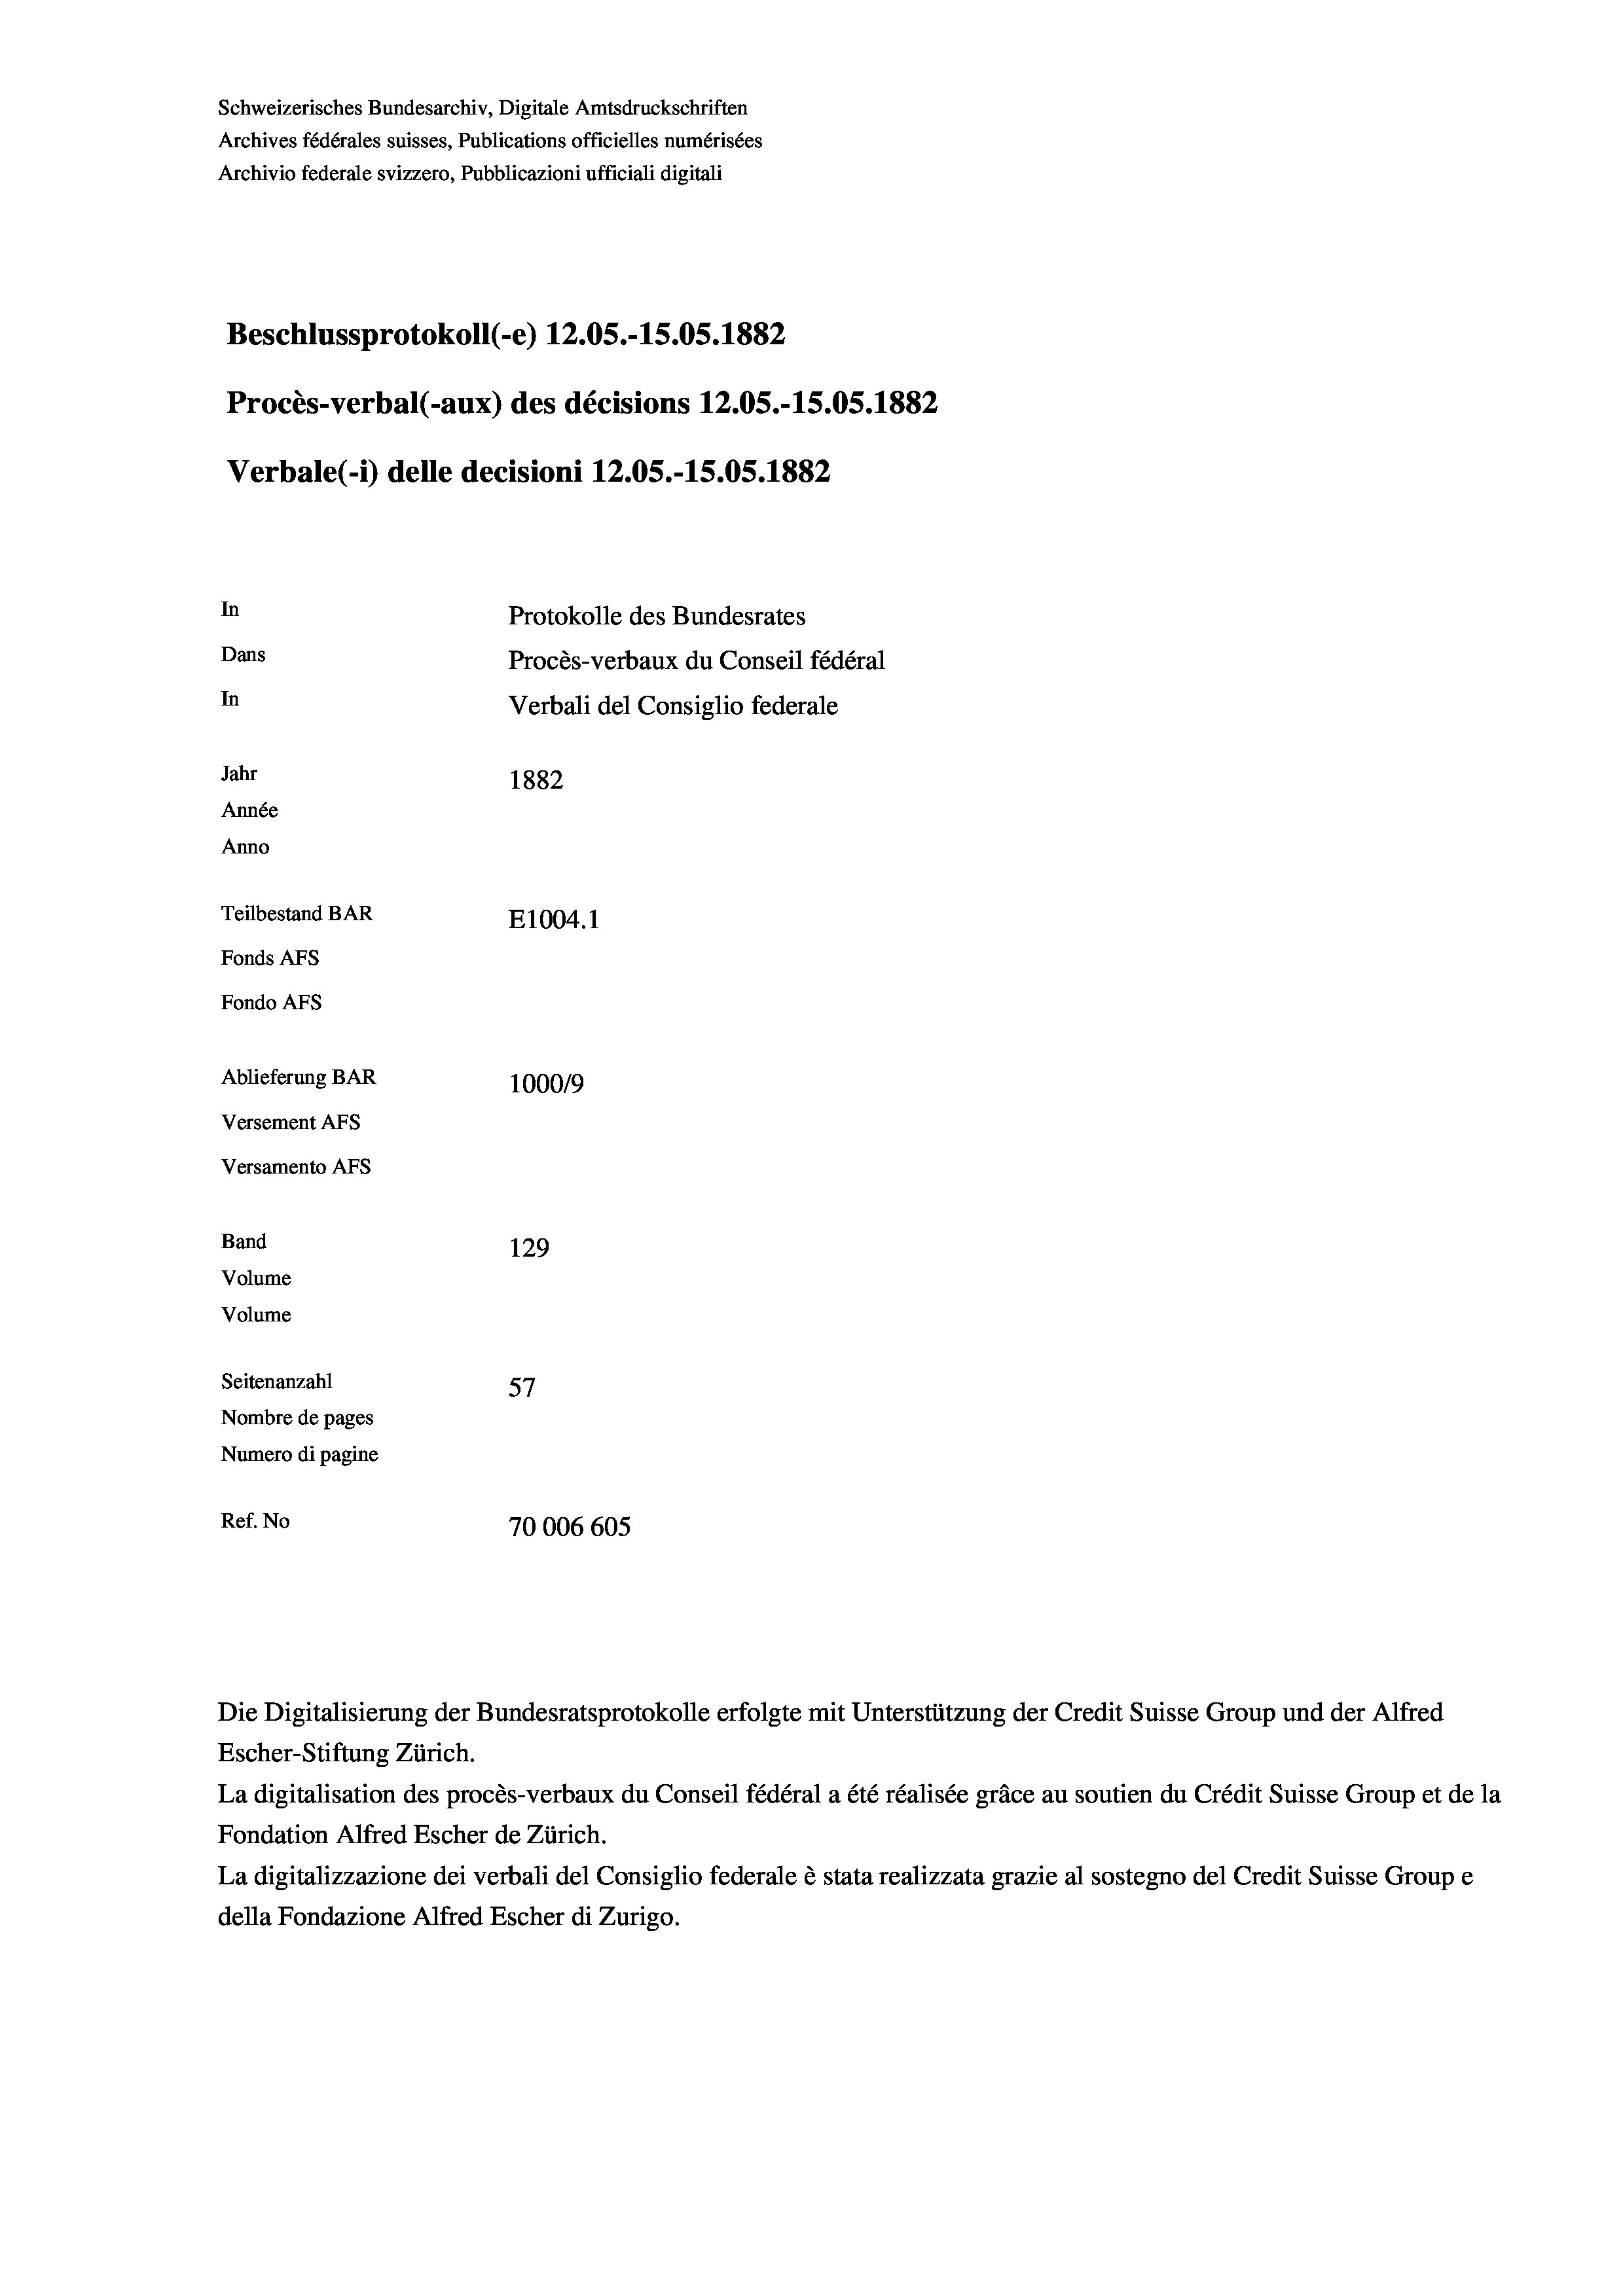
Schweizerisches Bundesarchiv, Digitale Amtsdruckschriften
Archives fédérales suisses, Publications officielles numérisées
Archivio federale svizzero, Pubblicazioni ufficiali digitali
Beschlussprotokoll (-e) 12.05.-15.05. 1882
Procès-verbal (-aux) des décisions 12.05.-15.05. 1882
Verbale(1) delle decisioni 12.05.-15.05. 1882
In
Protokolle des Bundesrates
Dans
Procès-verbaux du Conseil fédéral
In
Verbali del Consiglio federale
Jahr
1882
Année
Anno
Teilbestand BAR
E1004. 1
Fonds AFs
Fondo AFS
Ablieferung BAR
1000/9
Versement AFs
Versamento Afs
Band
129
Volume
Volume
Seitenanzahl
57
Nombre de pages
Numero di pagine
Ref. No
70006 605

Escher-Stiftung Zürich.
La digitalisation des procès-verbaux du Conseil fédéral a été réalisée gräce au soutien du Crédit Suisse Group et de la
Fondation Alfred Escher de Zürich.
La digitalizzazione dei verbali del Consiglio federale è stata realizzata grazie al sostegno del Credit Suisse Groupe
della Fondazione Alfred Escher di Zurigo.

Die Digitalisierung der Bundesratsprotokolle erfolgte mit Unterstützung der Credit Suisse Group und der Alfred